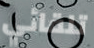
تلقائي